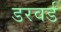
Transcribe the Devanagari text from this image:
डरवर्ड